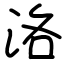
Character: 洛